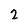
Character: 2